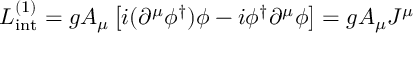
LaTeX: { \cal { L } } _ { \mathrm { i n t } } ^ { ( 1 ) } = g A _ { \mu } \left[ i ( \partial ^ { \mu } \phi ^ { \dagger } ) \phi - i \phi ^ { \dagger } \partial ^ { \mu } \phi \right] = g A _ { \mu } J ^ { \mu }